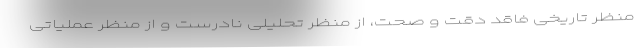
منظر تاریخی فاقد دقت و صحت، از منظر تحلیلی نادرست و از منظر عملیاتی